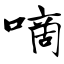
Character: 嘀